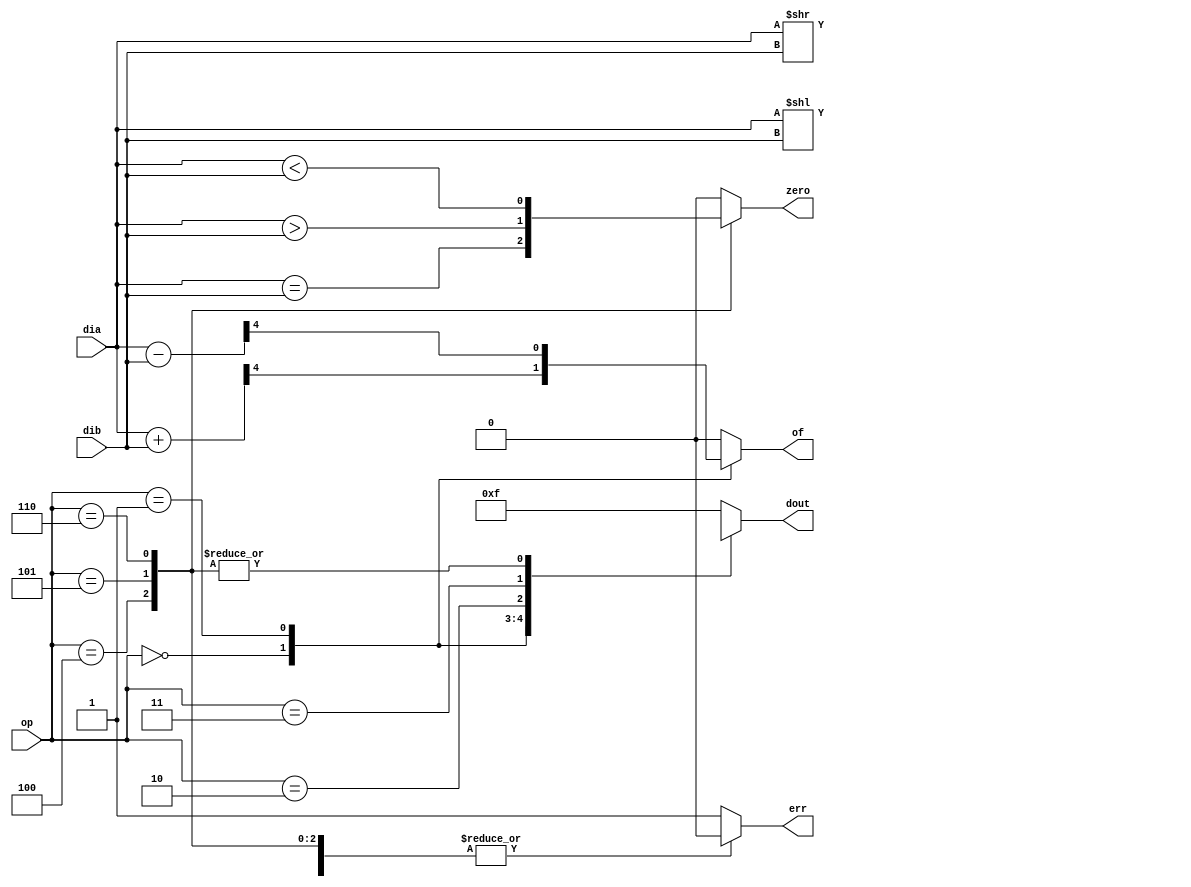
`timescale 1ns / 1ps
//////////////////////////////////////////////////////////////////////////////////
// Company: 
// Engineer: 
// 
// Design Name: 
// Module Name: alu
// Project Name: 
// Target Devices: 
// Tool Versions: 
// Description: 
// 
// Dependencies: 
// 
// Revision:
// Revision 0.01 - File Created
// Additional Comments:
// 
//////////////////////////////////////////////////////////////////////////////////


module alu(dia,dib,op,dout,err,zero,of);
parameter n_alu=4;
input [n_alu-1:0] dia,dib;
input [3:0] op;
output reg err,of,zero;
output reg [n_alu-1:0] dout;
always@* //(dia or dib or op)
begin
    err=0;// blocking assignments for flags
    of=0;
    zero=0;
    case(op)
    4'b0000: {of,dout}=dia+dib;
    4'b0001:{of,dout}=dia-dib;
    4'b0010:dout=dia<<dib;
    4'b0011:dout=dia>>dib;
    4'b0100:{zero,dout}={(dia==dib),{n_alu{1'bx}}};
    4'b0101:{zero,dout}={(dia>dib),{n_alu{1'bx}}};
    4'b0110:{zero,dout}={(dia<dib),{n_alu{1'bx}}};
    default: {err,dout}=5'b11111;
    endcase    
end

endmodule